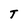
Character: T